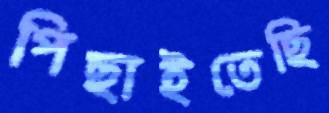
পিছাইতেছি